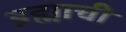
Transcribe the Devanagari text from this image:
ब्रह्माची